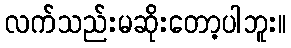
လက်သည်းမဆိုးတော့ပါဘူး။